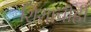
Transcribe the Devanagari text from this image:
शिशाचीही